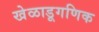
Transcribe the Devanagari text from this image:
खेळाडूगणिक